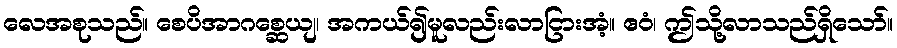
လေအစုသည်။ စေပိအာဂစ္ဆေယျ၊ အကယ်၍မူလည်းလာငြားအံ့။ ဧဝံ၊ ဤသို့လာသည်ရှိသော်။